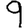
Digit: 9